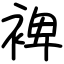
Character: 裨